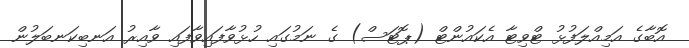
އޮބާގެ އަމިއްލަފުޅު ޓްވިޓާ އެކައުންޓް (ޕޮޓަސް) ގެ ނަމުގައި ހުޅުވާފައިވާފައި ވާއިރު އަނބިކަނބަލުން